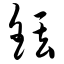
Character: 铥